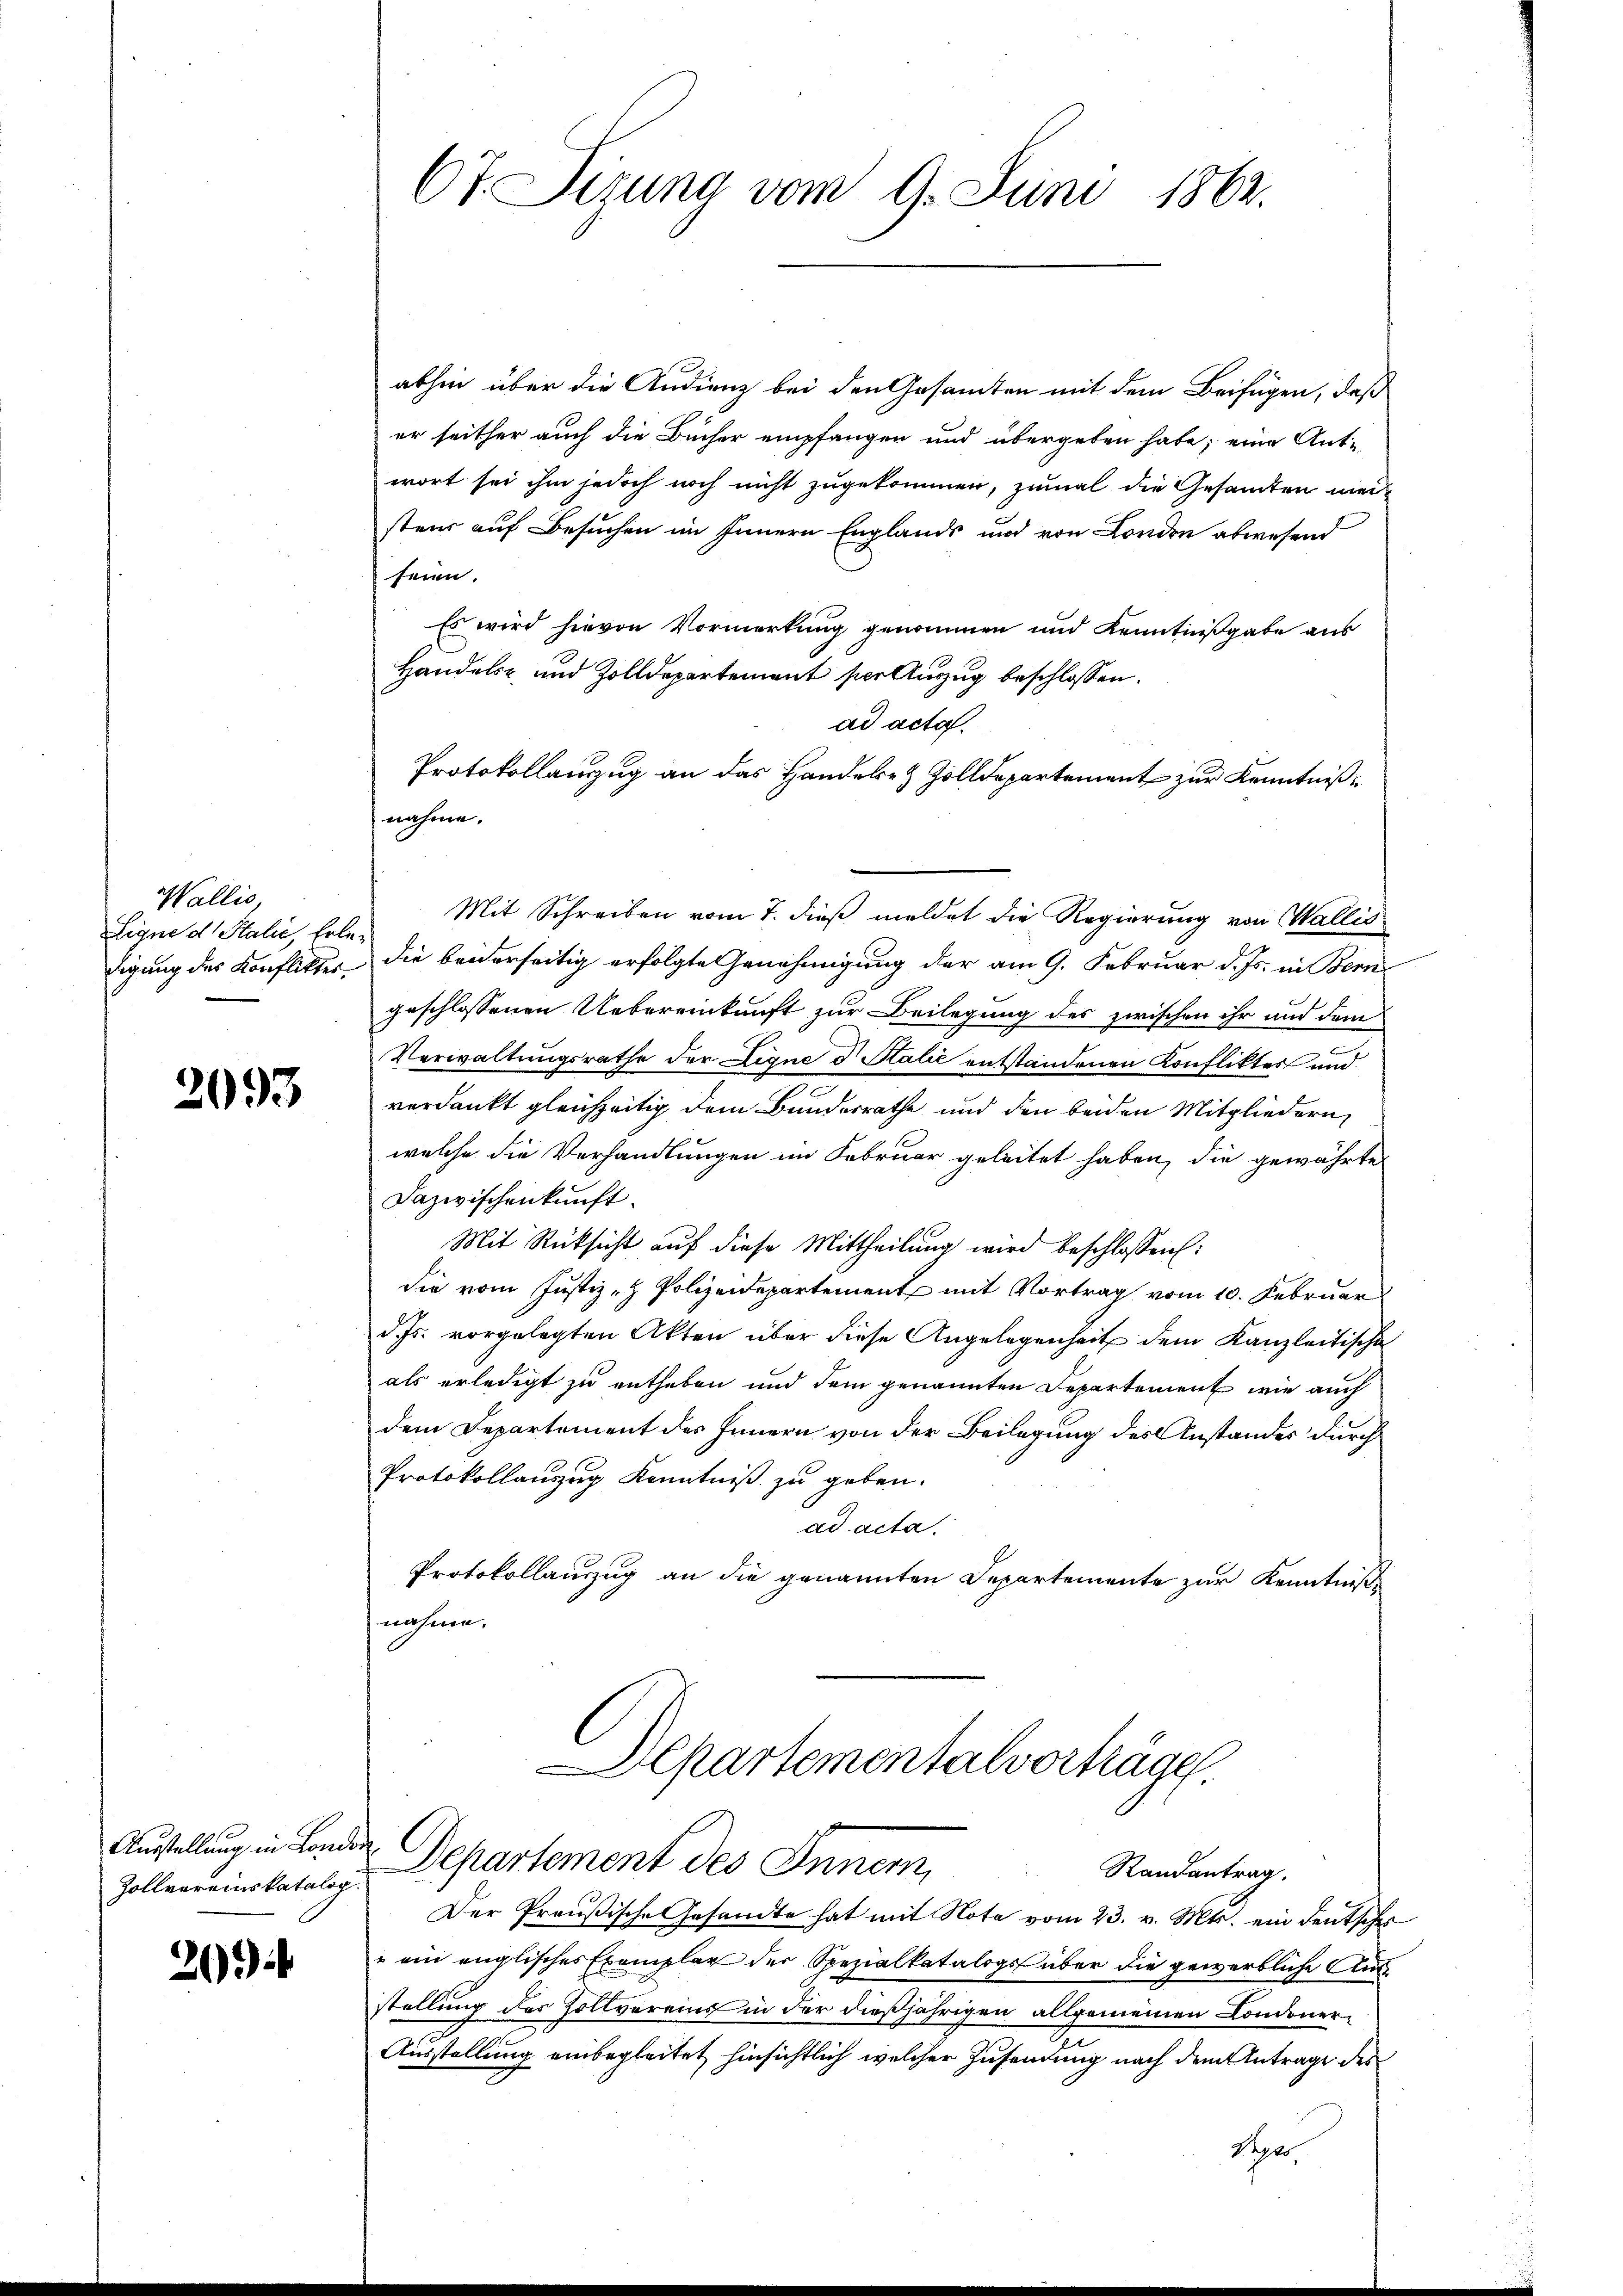
Wallis,
Ligne d. Stalie, Erle
digung des Konflikter¬

2093

Ausstellung in London
Zollvereinskatalog.

2)

67. Sirung vom 9. Juni 1862.

abhin über die Audienz bei den Gesamten mit dem Beifügen, daß
er seither auch die Bücher empfangen und übergeben habe; eine Ant-
wort sei ihm jedoch noch nicht zugekommen, zumal die Gesandten mede
steur auf Besuchen im Innern Englands und von London abwesend
seien.
Es wird hievon Vormerkung genommen und Kenntnißgabe aus
Handels- und Zolldepartement per Auszug beschlossen:
ad acta.
Protokollanzug an das Handele & Zolldepartement zur Kenntnißnahme.
Mit Schreiben vom 7. dieß meldet die Regierung von Wallis
die beiderseitig erfolgte Genehmigung der am 9. Februar d. Js. in Bern
geschlossenen Uebereinkunft zur Beilegung des zwischen ihr und dem

Verwaltungsrathe der Ligne d. Kalić entstandenen Konfliktes und
verdankt gleichzeitig dem Bundesrathe und den beiden Mitgliedern
welche die Verhandlungen im Februar geleitet haben, die gewährte
Dazwischenkunft.
Mit Rücksicht auf diese Mittheilung wird beschlossen:
die vom Justiz- & Polizeidepartement mit Vortrag vom 10. Februar
d. Js. vorgelegten Akten über diese Angelegenheit dem Kanzleitische
als erledigt zu entheben und dem genannten Departement wie auch
dem Departement des Innern von der Beilegung des Anstandes durch
Protokollauszug Kenntniß zu geben.
ad acta.
Protokollauszug an die genannten Departemente zur Kenntniße
nahme.
Departementalvorträge
Departement des Inner,
Randantrag.
Der Preußische Gesandte hat mit Note vom 23. v. Mts. ein deutscher
 ein englisches Exemplar der Spezialkatalogs über die gewerbliche Ausstellung des Zollvereins in der dießjährigen allgemeinen Condoner¬
Ausstellung einbegleitet hinsichtlich welcher Zusendung nach dem Antrage des
Segts,